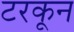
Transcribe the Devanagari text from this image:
टरकून